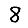
Digit: 8